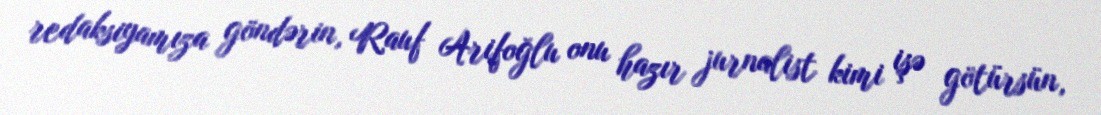
redaksiyamıza göndərin, Rauf Arifoğlu onu hazır jurnalist kimi işə götürsün,